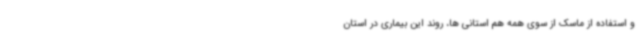
و استفاده از ماسک از سوی همه هم استانی ها، روند این بیماری در استان